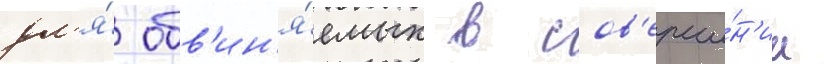
дл'я́ обв'ин'я́емых в сов'ерше́н'ии